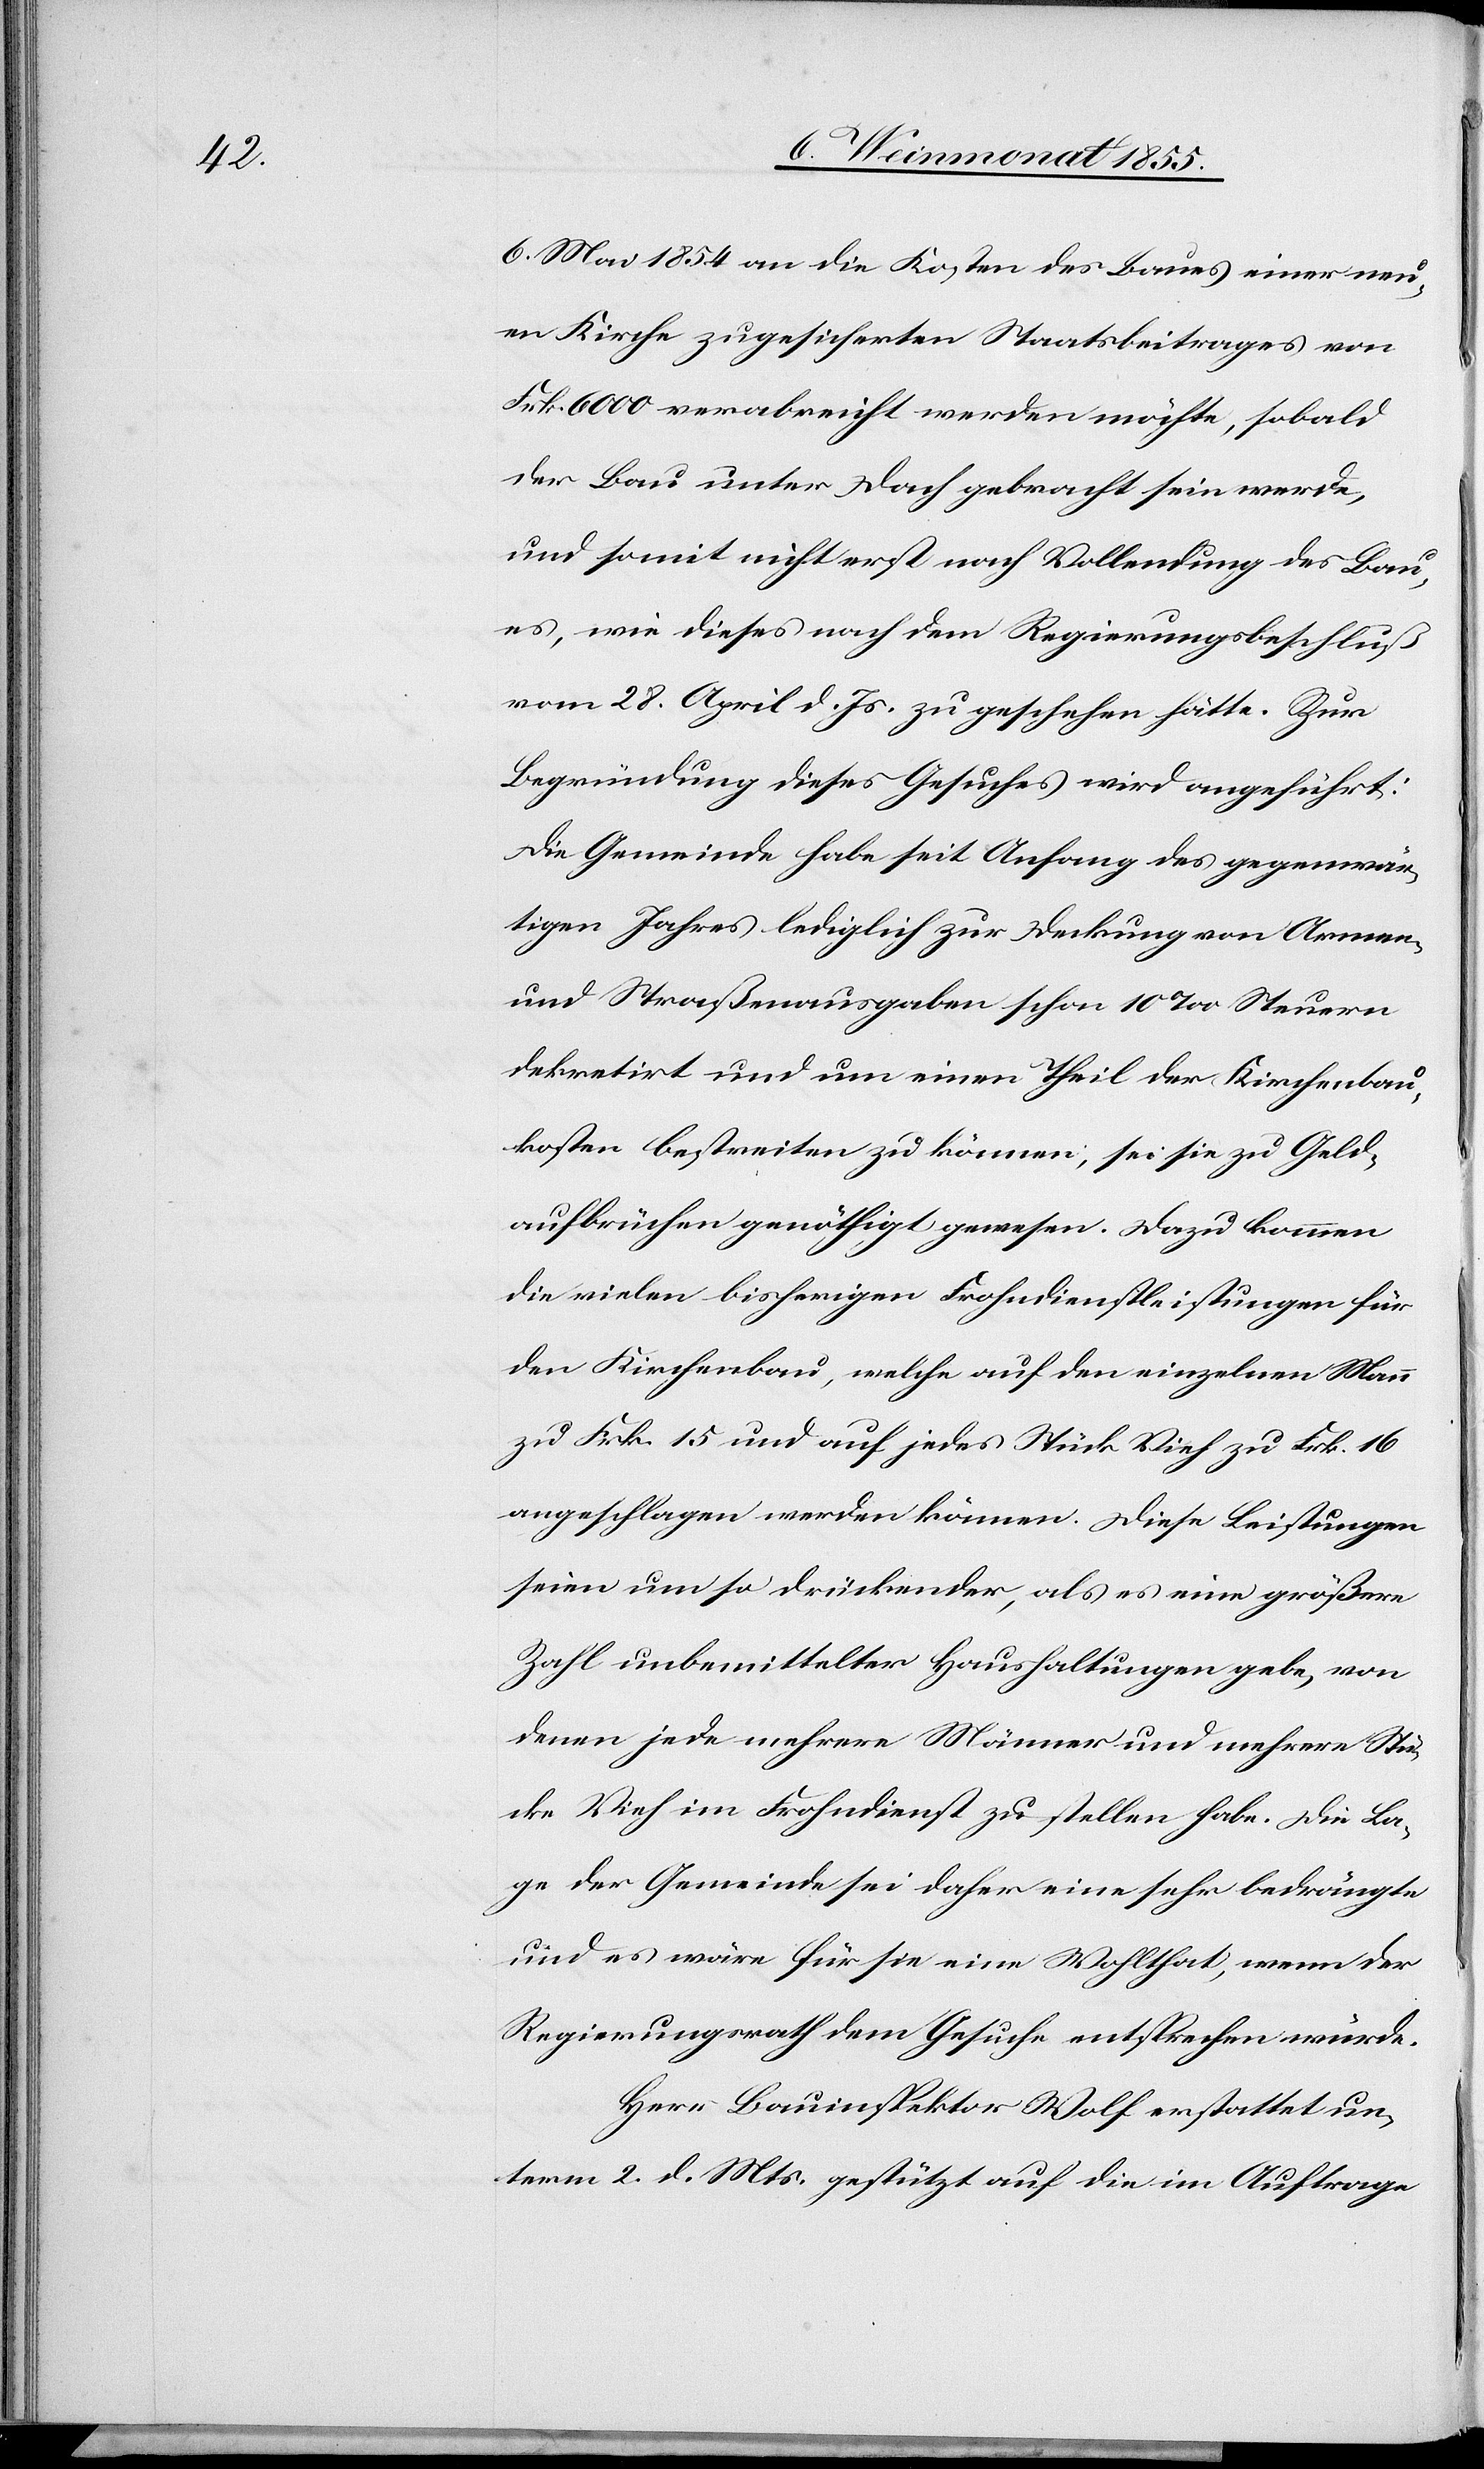
6. Mai 1854 an die Kosten des Baues einer neu¬
en Kirche zugesicherten Staatsbeitrages von
Frk. 6000 verabreicht werden möchte, sobald
der Bau unter Dach gebracht sein werde,
und somit nicht erst nach Vollendung des Bau¬
es, wie dieses nach dem Regierungsbeschluß
vom 28. April d. Js. zu geschehen hätte. Zur
Begründung dieses Gesuches wird angeführt:
Die Gemeinde habe seit Anfang des gegenwär¬
tigen Jahres lediglich zur Deckung von Armen-
und Straßenausgaben schon 10‰ Steuern
dekretirt und um einen Theil der Kirchenbau¬
kosten bestreiten zu können, sei sie zu Geld¬
aufbrüchen genöthigt gewesen. Dazu kommen
die vielen bisherigen Frohndienstleistungen für
den Kirchenbau, welche auf den einzelnen Mann
zu Frk. 15 und auf jedes Stück Vieh zu Frk. 16
angeschlagen werden können. Diese Leistungen
seien um so drückender, als es eine größere
Zahl unbemittelter Haushaltungen gebe, von
denen jede mehrere Männer und mehrere Stü¬
cke Vieh im Frohndienst zu stellen habe. Die La¬
ge der Gemeinde sei daher eine sehr bedrängte
und es wäre für sie eine Wohlthat, wenn der
Regierungsrath dem Gesuche entsprechen würde.
Herr Bauinspektor Wolf erstattet un¬
term 2. d. Mts. gestützt auf die im Auftrage